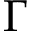
\Gamma